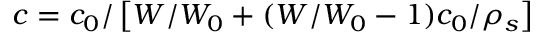
c = c _ { 0 } / \left[ W / W _ { 0 } + ( W / W _ { 0 } - 1 ) c _ { 0 } / \rho _ { s } \right]